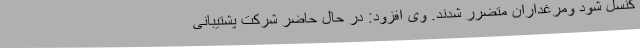
کنسل شود ومرغداران متضرر شدند. وی افزود: در حال حاضر شرکت پشتیبانی